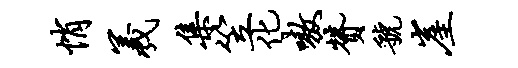
悄羲集笠化嗷赞虢崖